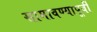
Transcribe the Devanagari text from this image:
सामावण्यापूर्वी